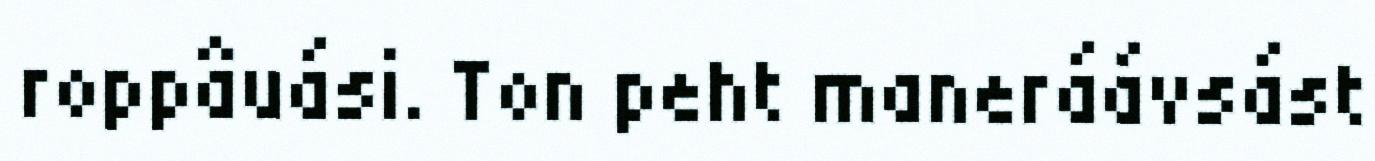
roppâuási. Ton peht maneráávsást